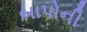
બાપોની